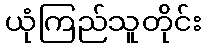
ယုံကြည်သူတိုင်း